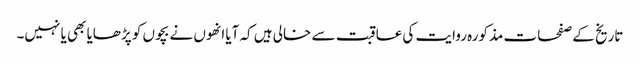
تاریخ کے صفحات مذکورہ روایت کی عاقبت سے خالی ہیں کہ آیا انھوں نے بچوں کو پڑھایا بھی یا نہیں۔